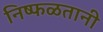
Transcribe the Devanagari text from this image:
निष्फळतानी